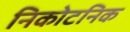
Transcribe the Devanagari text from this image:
निकोटनिक